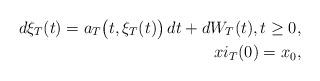
LaTeX: \begin{align*} d\xi_T (t)=a_T \bigl(t,\xi_T(t) \bigr)\,dt+dW_T(t),t\ge0,\\xi_T (0)=x_0,\end{align*}